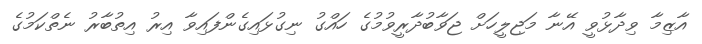
އާޒިމާ ވިދާޅުވީ އޭނާ މަޖިލީހަށް ޖަވާބުދާރީވުމުގެ ހައްގު ނިގުޅައިގެންފައިވާ އިރު އިތުބާރު ނެތްކަމުގެ